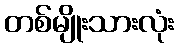
တစ်မျိုးသားလုံး